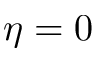
\eta = 0